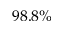
9 8 . 8 \%